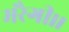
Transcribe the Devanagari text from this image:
मरैगी।।